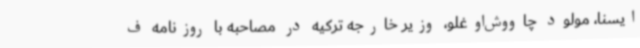
ایسنا، مولود چاووش‌اوغلو، وزیر خارجه ترکیه در مصاحبه با روزنامه ف